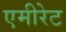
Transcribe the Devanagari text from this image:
एमीरेट